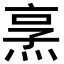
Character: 𪸿